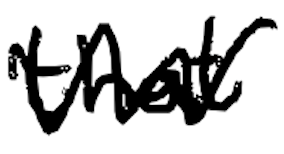
Text: that
Cross-out: zig-zag
Writing tool: digital_black